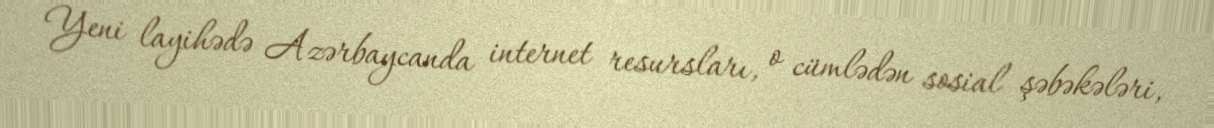
Yeni layihədə Azərbaycanda internet resursları, o cümlədən sosial şəbəkələri,